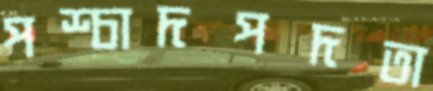
পশ্চাদপদতা